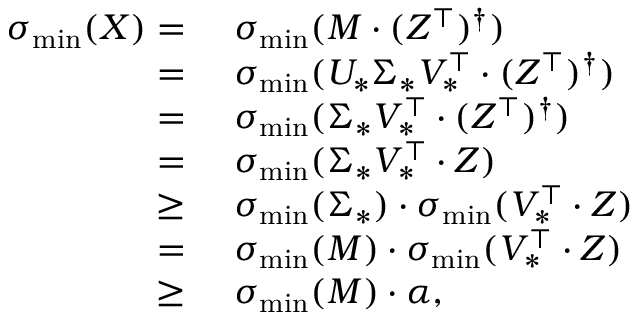
\begin{array} { r l } { \sigma _ { \operatorname* { m i n } } ( X ) = } & { ~ \sigma _ { \operatorname* { m i n } } ( M \cdot ( Z ^ { \top } ) ^ { \dagger } ) } \\ { = } & { ~ \sigma _ { \operatorname* { m i n } } ( U _ { * } \Sigma _ { * } V _ { * } ^ { \top } \cdot ( Z ^ { \top } ) ^ { \dagger } ) } \\ { = } & { ~ \sigma _ { \operatorname* { m i n } } ( \Sigma _ { * } V _ { * } ^ { \top } \cdot ( Z ^ { \top } ) ^ { \dagger } ) } \\ { = } & { ~ \sigma _ { \operatorname* { m i n } } ( \Sigma _ { * } V _ { * } ^ { \top } \cdot Z ) } \\ { \geq } & { ~ \sigma _ { \operatorname* { m i n } } ( \Sigma _ { * } ) \cdot \sigma _ { \operatorname* { m i n } } ( V _ { * } ^ { \top } \cdot Z ) } \\ { = } & { ~ \sigma _ { \operatorname* { m i n } } ( M ) \cdot \sigma _ { \operatorname* { m i n } } ( V _ { * } ^ { \top } \cdot Z ) } \\ { \geq } & { ~ \sigma _ { \operatorname* { m i n } } ( M ) \cdot \alpha , } \end{array}